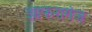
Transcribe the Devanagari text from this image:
झाफरागंज